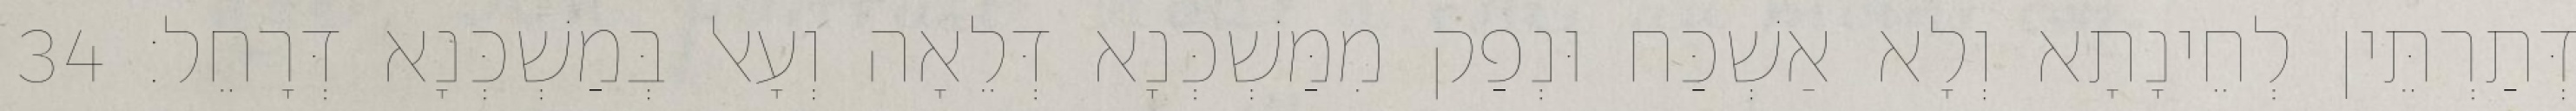
דְּתַרְתֵּין לְחֵינָתָא וְלָא אַשְׁכַּח וּנְפַק מִמַּשְׁכְּנָא דְּלֵאָה וְעָאל בְּמַשְׁכְּנָא דְּרָחֵל׃ 34